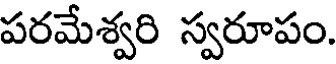
పరమేశ్వరి స్వరూపం.